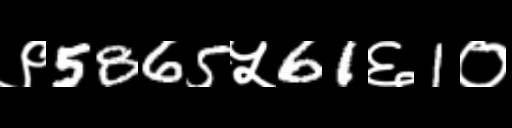
Text: ९5865५61६1०